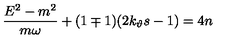
\frac { E ^ { 2 } - m ^ { 2 } } { m \omega } + ( 1 \mp 1 ) ( 2 k _ { \vartheta } s - 1 ) = 4 n